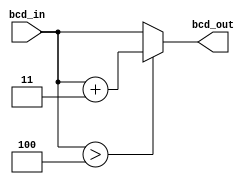
module bcd_single_modify(bcd_in, bcd_out);

	input [3:0] bcd_in;
	output [3:0] bcd_out;

	reg [3:0] bcd_out;
	
	always @ (bcd_in)
	begin
		if (bcd_in > 4)
			bcd_out = bcd_in + 2'd3;
		else
			bcd_out = bcd_in;
	end

endmodule


module bcd_modify(data_in, data_out);

	input [59:0] data_in;
	output [59:0] data_out;
	
	bcd_single_modify bcd9(.bcd_in(data_in[59:56]), .bcd_out(data_out[59:56]));
	bcd_single_modify bcd8(.bcd_in(data_in[55:52]), .bcd_out(data_out[55:52]));
	bcd_single_modify bcd7(.bcd_in(data_in[51:48]), .bcd_out(data_out[51:48]));
	
	bcd_single_modify bcd6(.bcd_in(data_in[47:44]), .bcd_out(data_out[47:44]));
	bcd_single_modify bcd5(.bcd_in(data_in[43:40]), .bcd_out(data_out[43:40]));
	bcd_single_modify bcd4(.bcd_in(data_in[39:36]), .bcd_out(data_out[39:36]));
	bcd_single_modify bcd3(.bcd_in(data_in[35:32]), .bcd_out(data_out[35:32]));
	bcd_single_modify bcd2(.bcd_in(data_in[31:28]), .bcd_out(data_out[31:28]));
	assign data_out[27:0] = data_in[27:0];

endmodule



module bin_to_BCD(bin, bcd);

	input [27:0] bin;
	output [31:0] bcd;
	
	wire [59:0] shift_reg [28:0];
	
	assign shift_reg[28] = {32'b0, bin};
	
	bcd_modify b27(.data_in(shift_reg[28]<<1), .data_out(shift_reg[27]));
	bcd_modify b26(.data_in(shift_reg[27]<<1), .data_out(shift_reg[26]));
	bcd_modify b25(.data_in(shift_reg[26]<<1), .data_out(shift_reg[25]));
	bcd_modify b24(.data_in(shift_reg[25]<<1), .data_out(shift_reg[24]));
	bcd_modify b23(.data_in(shift_reg[24]<<1), .data_out(shift_reg[23]));
	bcd_modify b22(.data_in(shift_reg[23]<<1), .data_out(shift_reg[22]));
	bcd_modify b21(.data_in(shift_reg[22]<<1), .data_out(shift_reg[21]));
	bcd_modify b20(.data_in(shift_reg[21]<<1), .data_out(shift_reg[20]));	
	
	bcd_modify b19(.data_in(shift_reg[20]<<1), .data_out(shift_reg[19]));
	bcd_modify b18(.data_in(shift_reg[19]<<1), .data_out(shift_reg[18]));
	bcd_modify b17(.data_in(shift_reg[18]<<1), .data_out(shift_reg[17]));
	bcd_modify b16(.data_in(shift_reg[17]<<1), .data_out(shift_reg[16]));
	bcd_modify b15(.data_in(shift_reg[16]<<1), .data_out(shift_reg[15]));
	
	bcd_modify b14(.data_in(shift_reg[15]<<1), .data_out(shift_reg[14]));
	bcd_modify b13(.data_in(shift_reg[14]<<1), .data_out(shift_reg[13]));
	bcd_modify b12(.data_in(shift_reg[13]<<1), .data_out(shift_reg[12]));
	bcd_modify b11(.data_in(shift_reg[12]<<1), .data_out(shift_reg[11]));
	bcd_modify b10(.data_in(shift_reg[11]<<1), .data_out(shift_reg[10]));
	bcd_modify b9(.data_in(shift_reg[10]<<1), .data_out(shift_reg[9]));
	bcd_modify b8(.data_in(shift_reg[9]<<1), .data_out(shift_reg[8]));
	
	bcd_modify b7(.data_in(shift_reg[8]<<1), .data_out(shift_reg[7]));
	bcd_modify b6(.data_in(shift_reg[7]<<1), .data_out(shift_reg[6]));
	bcd_modify b5(.data_in(shift_reg[6]<<1), .data_out(shift_reg[5]));
	bcd_modify b4(.data_in(shift_reg[5]<<1), .data_out(shift_reg[4]));
	bcd_modify b3(.data_in(shift_reg[4]<<1), .data_out(shift_reg[3]));
	bcd_modify b2(.data_in(shift_reg[3]<<1), .data_out(shift_reg[2]));
	bcd_modify b1(.data_in(shift_reg[2]<<1), .data_out(shift_reg[1]));
	assign shift_reg[0] = shift_reg[1]<<1;

	assign bcd = shift_reg[0][59:28];

endmodule